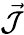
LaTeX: \vec{\cal J}